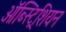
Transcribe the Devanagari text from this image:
ऑब्स्ट्रिशियन